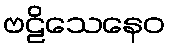
ဗဠိသေနေဝ